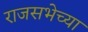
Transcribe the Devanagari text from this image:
राजसभेच्या